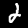
Label: 2